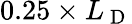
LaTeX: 0.25\times L_{\mathrm{~D~}}